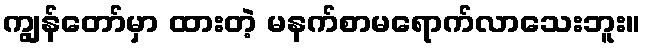
ကျွန်တော်မှာ ထားတဲ့ မနက်စာမရောက်လာသေးဘူး။